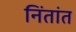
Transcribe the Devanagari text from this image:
निंतांत